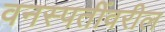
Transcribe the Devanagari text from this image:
वनस्पतींवरील